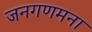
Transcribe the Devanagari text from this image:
जनगणमना